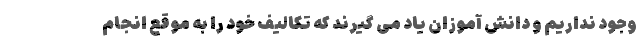
وجود نداریم و دانش آموزان یاد می گیرند که تکالیف خود را به موقع انجام